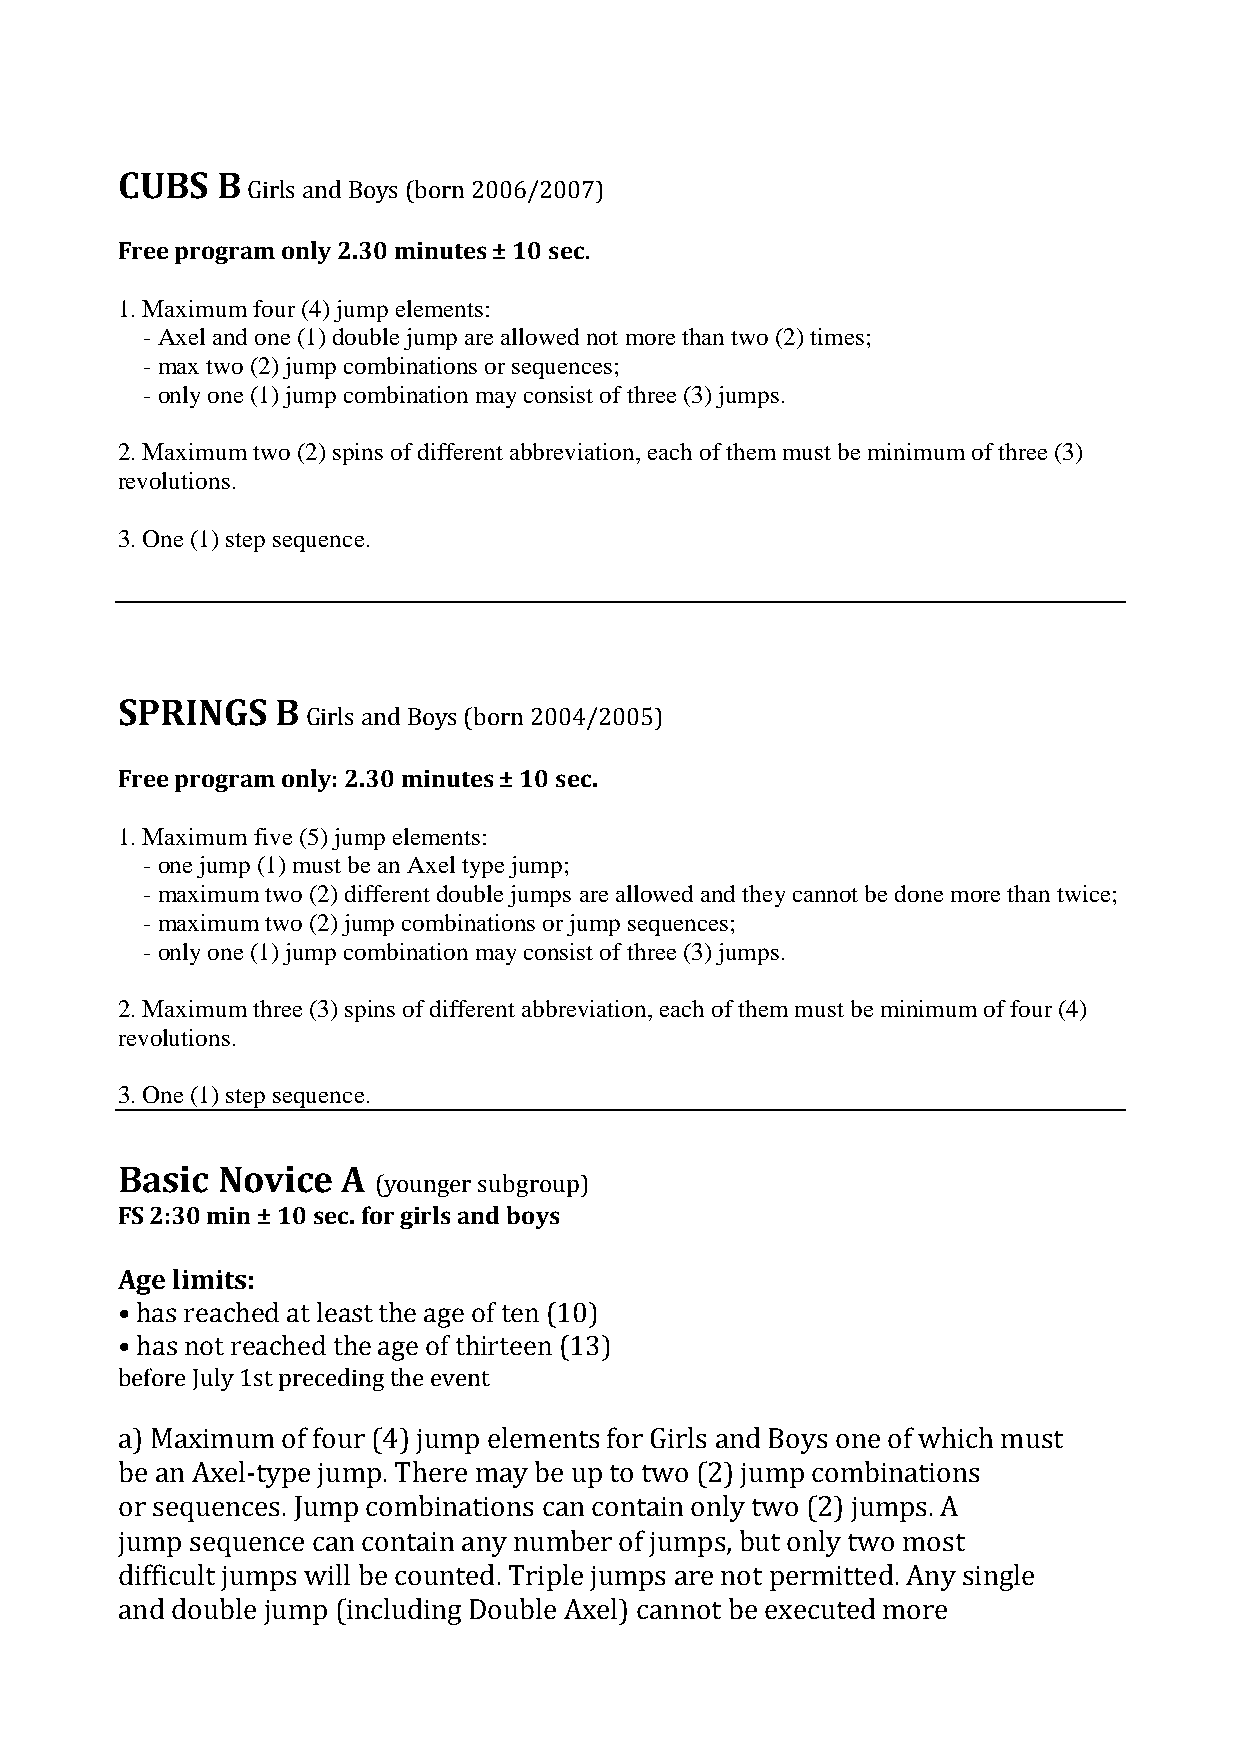
CUBS  B
 Girls and Boys (born 2006/2007)
 Free program only 2.30 minutes ± 10 sec.
 1. Maximum four (4) jump elements:
 - Axel and one (1) double jump are allowed not more than two (2) times;
 - max two (2) jump combinations or sequences;
 - only one (1) jump combination may consist of three (3) jumps.
 2. Maximum two (2) spins of different abbreviation, each of them must be minimum of three (3)
 revolutions.
 3. One (1) step sequence.
 SPRINGS   B
 Girls and Boys (born 2004/2005)
 Free program only: 2.30 minutes ± 10 sec.
 1. Maximum five (5) jump elements:
 - one jump (1) must be an Axel type jump;
 - maximum two (2) different double jumps are allowed and they cannot be done more than twice;
 - maximum two (2) jump combinations or jump sequences;
 - only one (1) jump combination may consist of three (3) jumps.
 2. Maximum three (3) spins of different abbreviation, each of them must be minimum of four (4)
 revolutions.
 3. One (1) step sequence.
 Basic Novice   A
 (younger subgroup)
 FS 2:30 min ± 10 sec. for girls and boys
 Age limits:
 • has reached at least the age of ten (10)
 • has not reached the age of thirteen (13)
 before July 1st preceding the event
 a) Maximum of four (4) jump elements for Girls and Boys one of which must
 be an Axel-type jump. There may be up to two (2) jump combinations
 or sequences. Jump combinations can contain only two (2) jumps. A
 jump sequence can contain any number of jumps, but only two most
 difficult jumps will be counted. Triple jumps are not permitted. Any single
 and double jump (including Double Axel) cannot be executed more